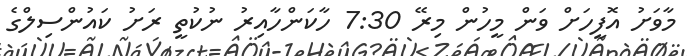
މާވަށު އޮފީހަށް ވަން މީހުން މިރޭ 7:30 ހާކަންހާއިރު ނުކުތީ ރަށު ކައުންސިލްގެ